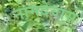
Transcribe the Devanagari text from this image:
नामदेवास